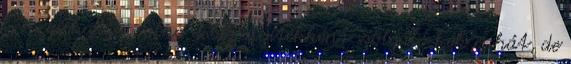
is megírhatta volna a bizonyítékként szolgáló kék ruhát, de